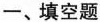
一、填空题